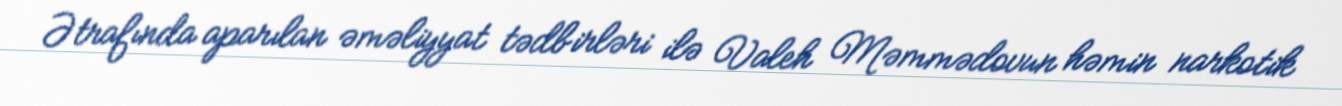
Ətrafında aparılan əməliyyat tədbirləri ilə Valeh Məmmədovun həmin narkotik